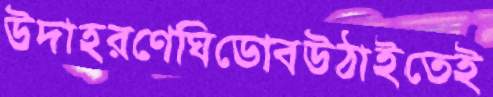
উদাহরণেঘিডোবউঠাইতেই